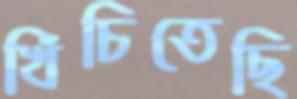
খিঁচিতেছি